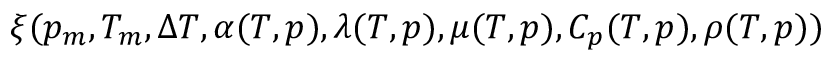
\xi ( p _ { m } , T _ { m } , \Delta T , \alpha ( T , p ) , \lambda ( T , p ) , \mu ( T , p ) , C _ { p } ( T , p ) , \rho ( T , p ) )